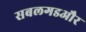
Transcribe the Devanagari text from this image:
सबलगडऔर